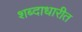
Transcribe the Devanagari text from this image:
शब्दाधारीत